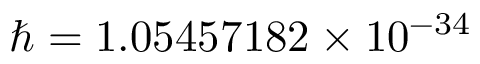
\hbar = 1 . 0 5 4 5 7 1 8 2 \times 1 0 ^ { - 3 4 }